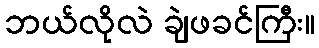
ဘယ်လိုလဲ ချဲဖခင်ကြီး။